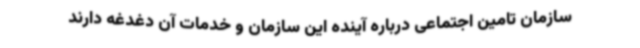
سازمان تامین اجتماعی درباره آینده این سازمان و خدمات آن دغدغه دارند